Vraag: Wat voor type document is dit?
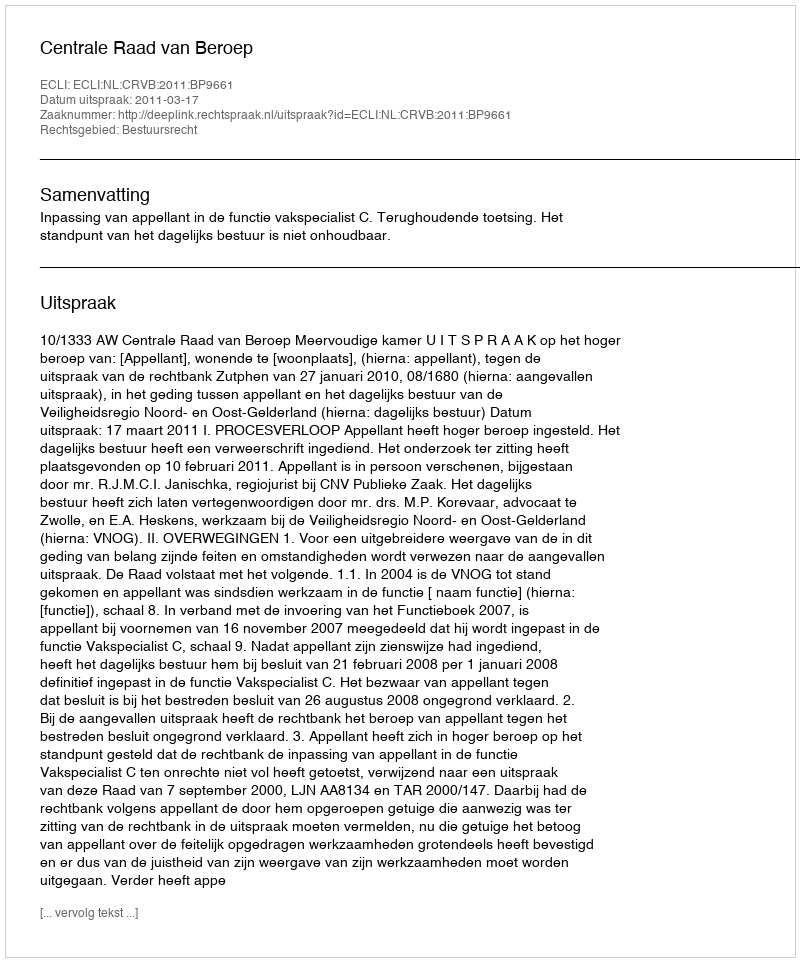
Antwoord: Uitspraak